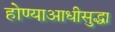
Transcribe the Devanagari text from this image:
होण्याआधीसुद्धा